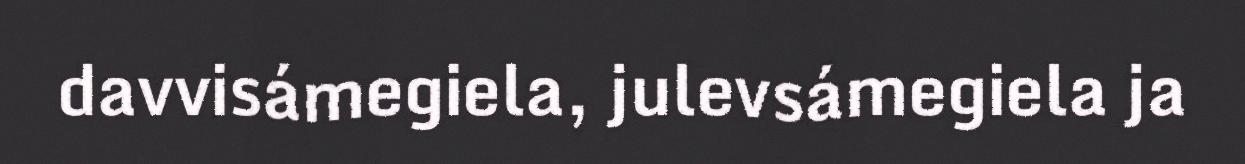
davvisámegiela, julevsámegiela ja